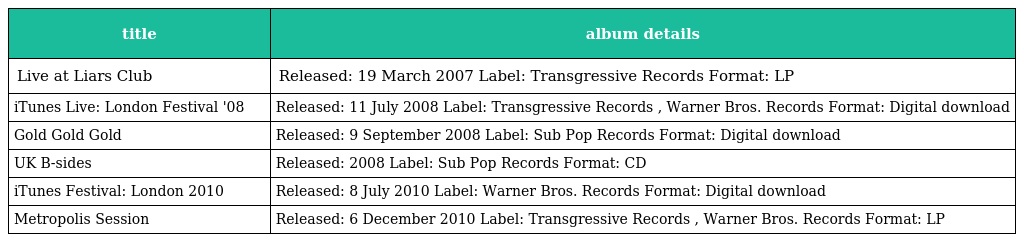
| title | album details |
 | --- | --- |
 | Live at Liars Club | Released: 19 March 2007 Label: Transgressive Records Format: LP |
 | iTunes Live: London Festival '08 | Released: 11 July 2008 Label: Transgressive Records , Warner Bros. Records Format: Digital download |
 | Gold Gold Gold | Released: 9 September 2008 Label: Sub Pop Records Format: Digital download |
 | UK B-sides | Released: 2008 Label: Sub Pop Records Format: CD |
 | iTunes Festival: London 2010 | Released: 8 July 2010 Label: Warner Bros. Records Format: Digital download |
 | Metropolis Session | Released: 6 December 2010 Label: Transgressive Records , Warner Bros. Records Format: LP |